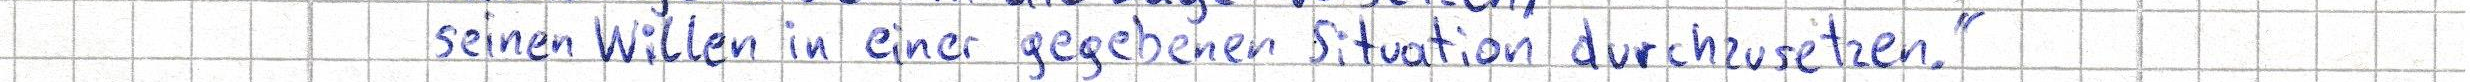
seinen Willen in einer gegebenen Situation durchzusetzen."